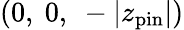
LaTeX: (0,\ 0,\ -\vert z_{\mathrm{pin}}\vert)